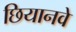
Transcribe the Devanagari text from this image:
छियानवे